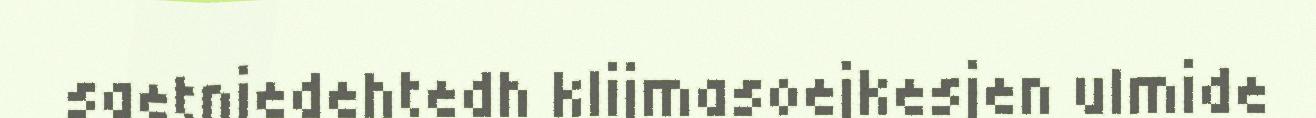
saetniedehtedh klijmasoejkesjen ulmide